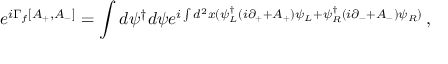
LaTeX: e ^ { i \Gamma _ { f } [ A _ { + } , A _ { - } ] } = \int d \psi ^ { \dagger } d \psi e ^ { i \int d ^ { 2 } x ( \psi _ { L } ^ { \dagger } ( i \partial _ { + } + A _ { + } ) \psi _ { L } + \psi _ { R } ^ { \dagger } ( i \partial _ { - } + A _ { - } ) \psi _ { R } ) } \, ,